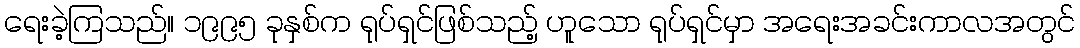
ရေးခဲ့ကြသည်။ ၁၉၉၅ ခုနှစ်က ရုပ်ရှင်ဖြစ်သည့် ဟူသော ရုပ်ရှင်မှာ အရေးအခင်းကာလအတွင်